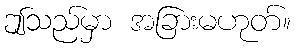
ဤသည်မှာ အခြားမဟုတ်။